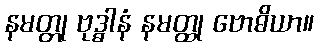
နမတ္တု ဗုဒ္ဓါနံ နမတ္ထု ဗောဓိယာ။